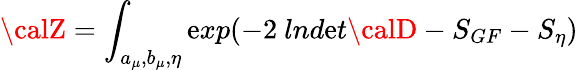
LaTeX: {\calZ}=\int_{a_{\mu},b_{\mu},\eta}\mathrm{e}xp(-2~lnd\mathrm{e}t{\calD}-S_{GF}-S_{\eta})